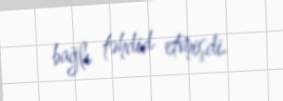
bağlı təhdid etmişdi.